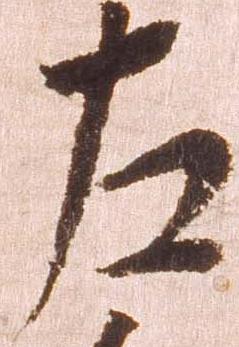
左